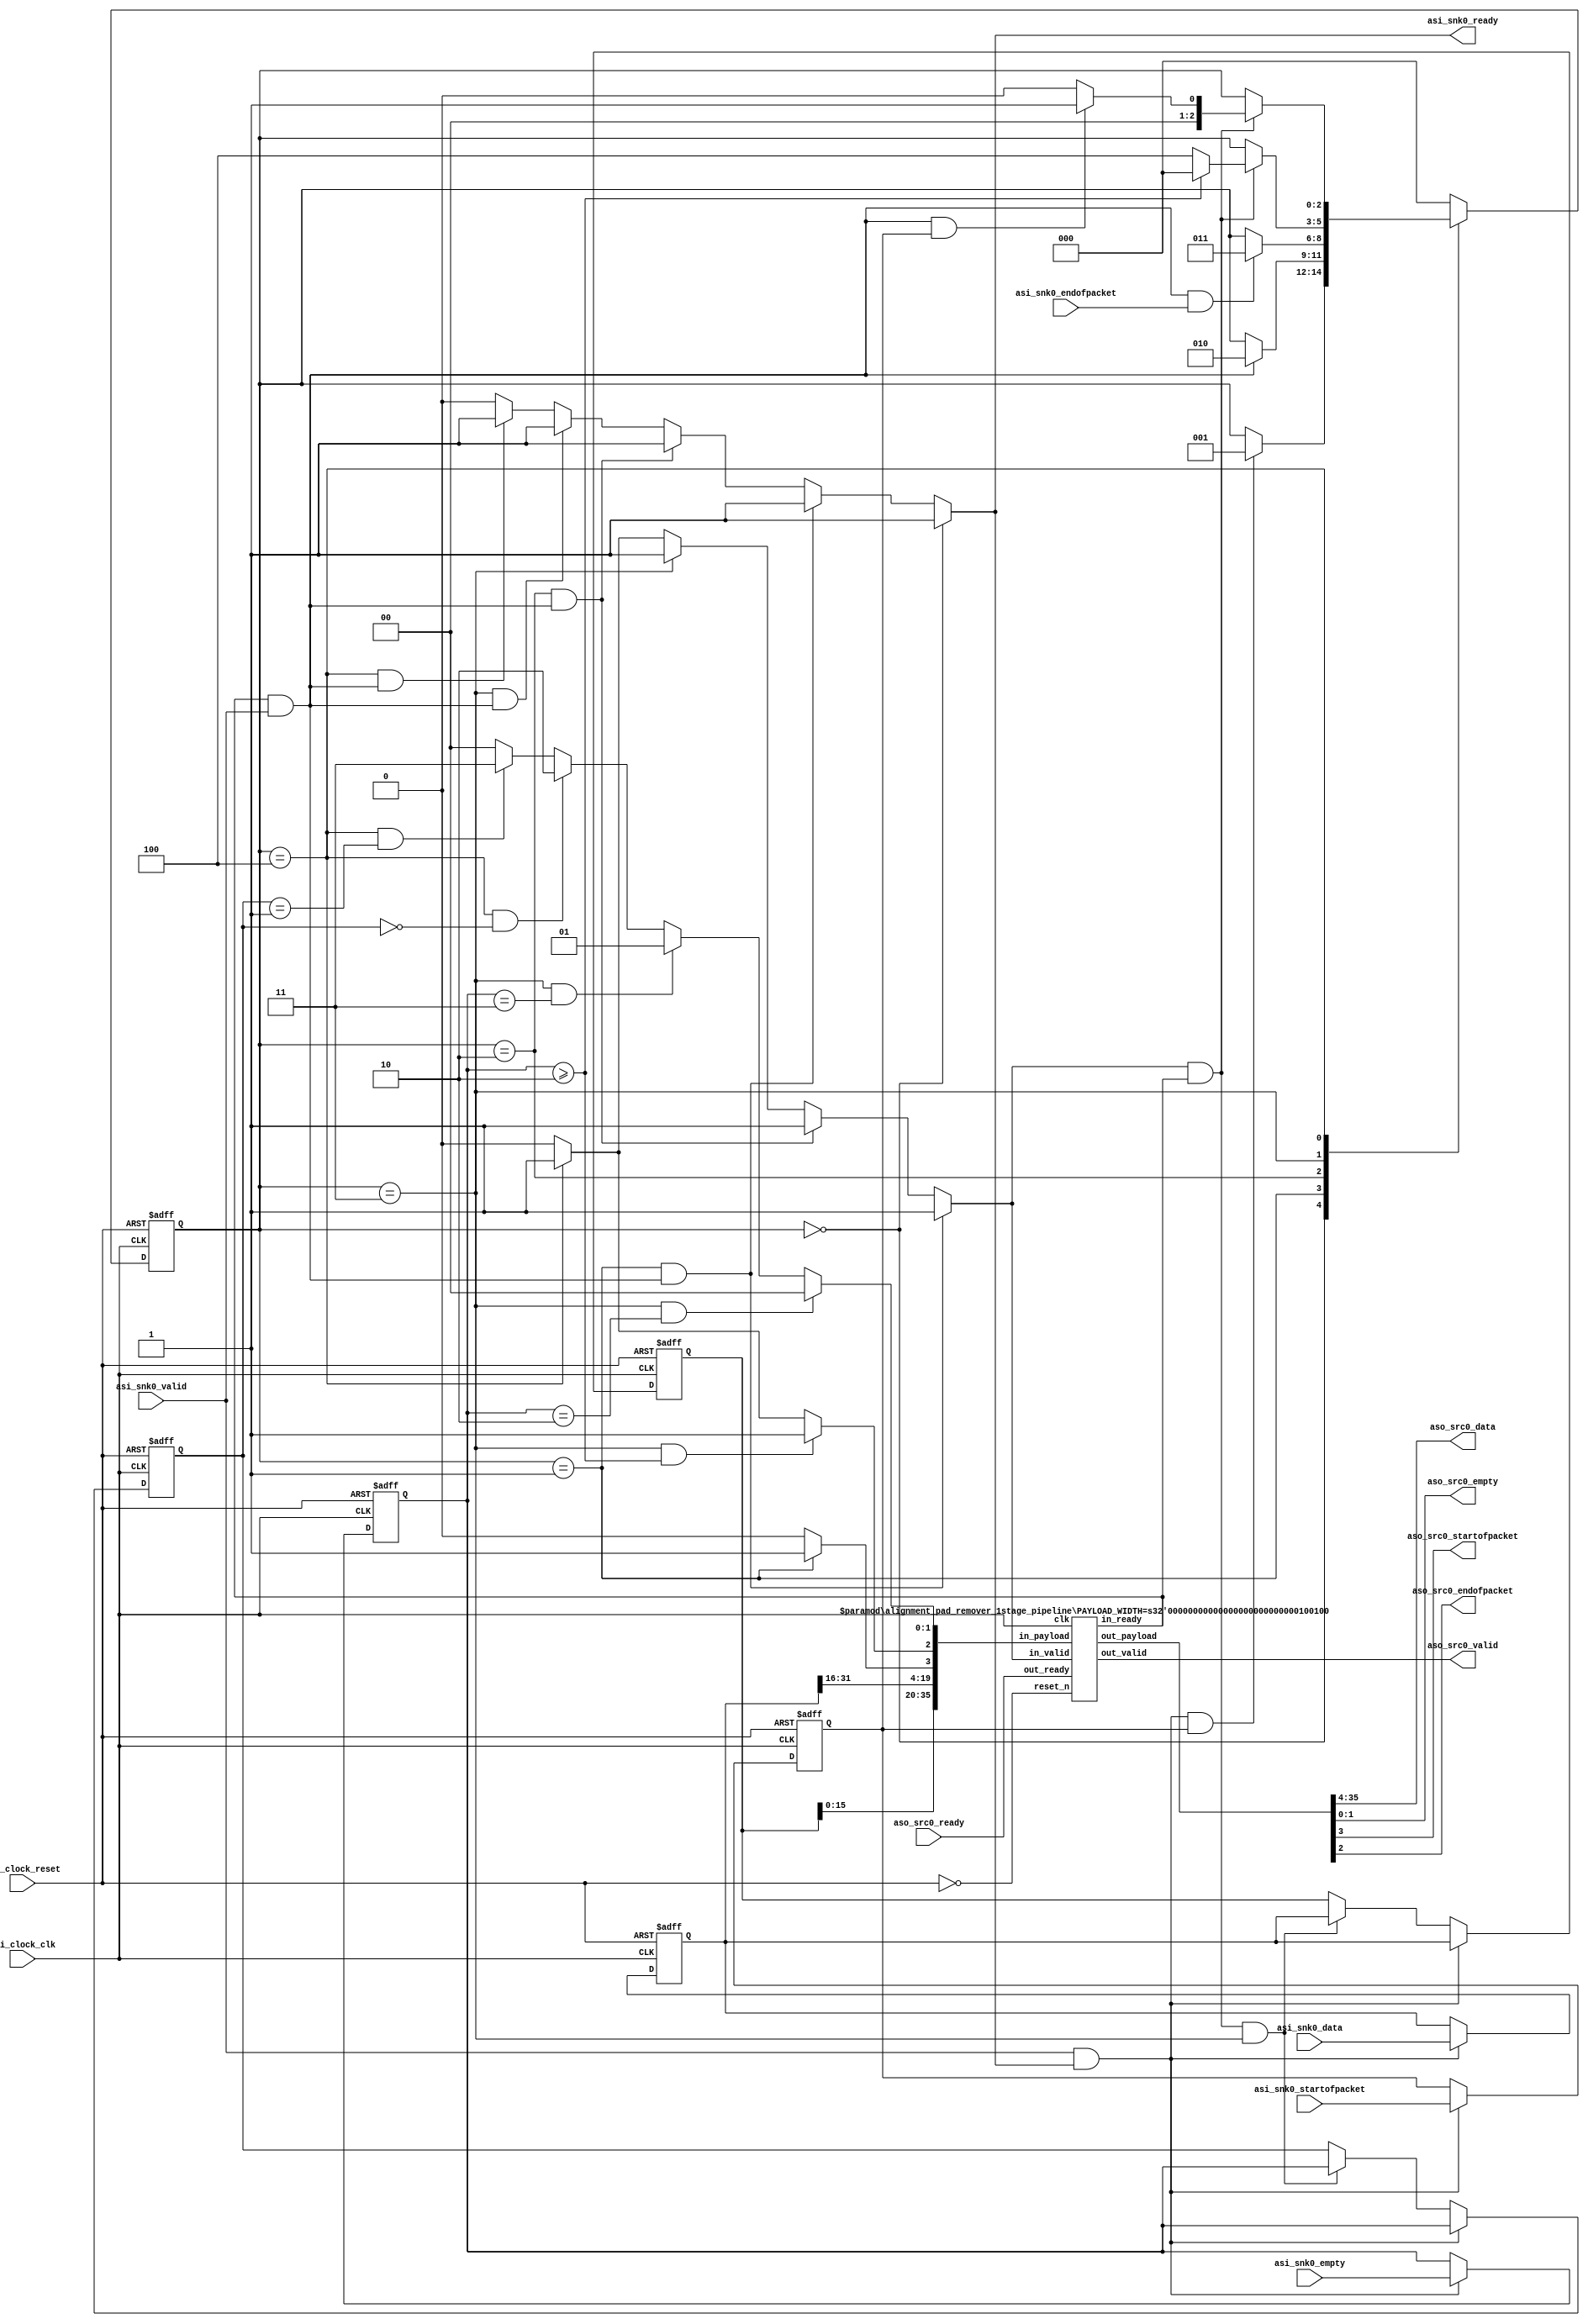
//  alignment_pad_remover
//  
//  This component simply removes two pad bytes from the beginning of an
//  Avalon ST packet.  This is useful for preparing packets for reception from
//  the Altera TSE MAC when it is configured to insert two pad bytes at the
//  beginning of each Avalon ST packet that it produces.
//  

module alignment_pad_remover
(
    // clock interface
    input           csi_clock_clk,
    input           csi_clock_reset,
    
    // source interface
    output              aso_src0_valid,
    input               aso_src0_ready,
    output  reg [31:0]  aso_src0_data,
    output  reg [1:0]   aso_src0_empty,
    output  reg         aso_src0_startofpacket,
    output  reg         aso_src0_endofpacket,
    
    // sink interface
    input           asi_snk0_valid,
    output          asi_snk0_ready,
    input   [31:0]  asi_snk0_data,
    input   [1:0]   asi_snk0_empty,
    input           asi_snk0_startofpacket,
    input           asi_snk0_endofpacket
);

localparam INITIAL          = 3'd0;
localparam AT_SOP           = 3'd1;
localparam PAD_REMOVED      = 3'd2;
localparam AT_EOP           = 3'd3;
localparam AT_EOP_PLUS_1    = 3'd4;

reg     [2:0]   state;

wire            pipe_src0_ready;
wire            pipe_src0_valid;
wire    [31:0]  pipe_src0_data;
wire            pipe_src0_startofpacket;
wire            pipe_src0_endofpacket;
wire    [1:0]   pipe_src0_empty;
reg     [35:0]  in_payload;
wire    [35:0]  out_payload;

reg     [31:0]  sink_data_0;
reg     [31:0]  sink_data_1;
reg     [1:0]   sink_empty_0;
reg     [1:0]   sink_empty_1;
reg             sink_sop_0;
reg             sink_sop_1;
reg             sink_eop_0;
reg             sink_eop_1;

wire            sink_cycle;
wire            source_cycle;
wire            interlock_cycle;

//
// misc assignments
//
assign sink_cycle = asi_snk0_valid & asi_snk0_ready;

assign source_cycle = pipe_src0_valid & pipe_src0_ready;

assign interlock_cycle = pipe_src0_ready & asi_snk0_valid;

//
// input pipeline
//
always @ (posedge csi_clock_clk or posedge csi_clock_reset) begin
    if(csi_clock_reset) begin
        sink_data_0     <= 0;
        sink_data_1     <= 0;
        sink_empty_0    <= 0;
        sink_empty_1    <= 0;
        sink_sop_0      <= 0;
        sink_sop_1      <= 0;
        sink_eop_0      <= 0;
        sink_eop_1      <= 0;
    end else begin
        if((sink_cycle)) begin
            sink_data_0     <= asi_snk0_data;
            sink_empty_0    <= asi_snk0_empty;
            sink_sop_0      <= asi_snk0_startofpacket;
            sink_eop_0      <= asi_snk0_endofpacket;
            
            sink_data_1     <= sink_data_0;
            sink_empty_1    <= sink_empty_0;
            sink_sop_1      <= sink_sop_0;
            sink_eop_1      <= sink_eop_0;
        end else if((source_cycle) && (state == AT_EOP)) begin
            sink_data_1     <= sink_data_0;
            sink_empty_1    <= sink_empty_0;
            sink_sop_1      <= sink_sop_0;
            sink_eop_1      <= sink_eop_0;
        end
    end
end

//
// combinatorial control for Avalon ST interfaces
//
assign asi_snk0_ready   =   ((state == INITIAL)) ? (1'b1) :
                            ((state == AT_SOP) && (interlock_cycle)) ? (1'b1) :
                            ((state == PAD_REMOVED) && (interlock_cycle)) ? (1'b1) :
                            ((state == AT_EOP) && (interlock_cycle)) ? (1'b1) :
                            ((state == AT_EOP_PLUS_1) && (interlock_cycle)) ? (1'b1) :
                            (1'b0);

assign pipe_src0_valid  =   ((state == AT_SOP) && (interlock_cycle)) ? (1'b1) :
                            ((state == PAD_REMOVED) && (interlock_cycle)) ? (1'b1) :
                            ((state == AT_EOP)) ? (1'b1) :
                            ((state == AT_EOP_PLUS_1)) ? (1'b1) :
                            (1'b0);

assign pipe_src0_data   =   ({sink_data_1[15:0], sink_data_0[31:16]});

assign pipe_src0_startofpacket  =   (state == AT_SOP) ? (1'b1) : (1'b0);

assign pipe_src0_endofpacket    =   ((state == AT_EOP) && (sink_empty_0 >= 2'h2)) ? (1'b1) :
                                    ((state == AT_EOP_PLUS_1)) ? (1'b1) :
                                    (1'b0);

assign pipe_src0_empty  =   ((state == AT_EOP)          && (sink_empty_0 == 2'h2)) ? (2'h0) :
                            ((state == AT_EOP)          && (sink_empty_0 == 2'h3)) ? (2'h1) :
                            ((state == AT_EOP_PLUS_1)   && (sink_empty_1 == 2'h0)) ? (2'h2) :
                            ((state == AT_EOP_PLUS_1)   && (sink_empty_1 == 2'h1)) ? (2'h3) :
                            (2'h0);

//
// synchronous state machine for Avalon ST interface sequencing
//
always @ (posedge csi_clock_clk or posedge csi_clock_reset)
begin
    if(csi_clock_reset) begin
        state   <= INITIAL;
    end else begin
        case(state)
            INITIAL: begin
                if((sink_cycle) && (sink_sop_0)) begin
                    state <= AT_SOP;
                end
            end
            AT_SOP: begin
                if(interlock_cycle) begin
                    state <= PAD_REMOVED;
                end
            end
            PAD_REMOVED: begin
                if((interlock_cycle) && (asi_snk0_endofpacket)) begin
                    state <= AT_EOP;
                end
            end
            AT_EOP: begin
                if((source_cycle)) begin
                    if((sink_empty_0 >= 2'h2)) begin
                        state <= INITIAL;
                    end else begin
                        state <= AT_EOP_PLUS_1;
                    end
                end
            end
            AT_EOP_PLUS_1: begin
                if((source_cycle)) begin
                    state <= ((interlock_cycle) && (sink_sop_0)) ? (AT_SOP) : (INITIAL);
                end
            end
            default: state  <= INITIAL; 
        endcase
    end
end

//
// output pipeline
//
alignment_pad_remover_1stage_pipeline #( .PAYLOAD_WIDTH( 36 ) ) outpipe (
    .clk            (csi_clock_clk ),
    .reset_n        (~csi_clock_reset),
    .in_ready       (pipe_src0_ready),
    .in_valid       (pipe_src0_valid), 
    .in_payload     (in_payload),
    .out_ready      (aso_src0_ready), 
    .out_valid      (aso_src0_valid), 
    .out_payload    (out_payload)
);

//
// output mapping
//
always @* begin
    in_payload <= {pipe_src0_data, pipe_src0_startofpacket, pipe_src0_endofpacket, pipe_src0_empty};
    {aso_src0_data, aso_src0_startofpacket, aso_src0_endofpacket, aso_src0_empty} <= out_payload;
end

endmodule

//  --------------------------------------------------------------------------------
// | single buffered pipeline stage
//  --------------------------------------------------------------------------------
module alignment_pad_remover_1stage_pipeline  
#( parameter PAYLOAD_WIDTH = 8 )
 ( input                          clk,
   input                          reset_n, 
   output reg                     in_ready,
   input                          in_valid,   
   input      [PAYLOAD_WIDTH-1:0] in_payload,
   input                          out_ready,   
   output reg                     out_valid,
   output reg [PAYLOAD_WIDTH-1:0] out_payload      
 );
      
   always @* begin
     in_ready <= out_ready || ~out_valid;
   end
   
   always @ (negedge reset_n, posedge clk) begin
      if (!reset_n) begin
         out_valid <= 0;
         out_payload <= 0;
      end else begin
         if (in_valid) begin
           out_valid <= 1;
         end else if (out_ready) begin
           out_valid <= 0;
         end
         
         if(in_valid && in_ready) begin
            out_payload <= in_payload;
         end
      end
   end

endmodule